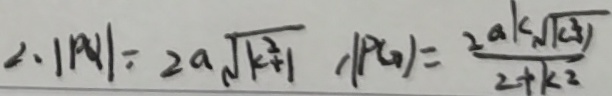
\vert P Q \vert = 2 a \sqrt { k ^ { 2 } + 1 } \vert P G \vert = \frac { 2 a k \sqrt { k ^ { 2 } - 1 } } { 2 + k ^ { 2 } }